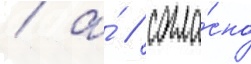
/ а́ / согла́сно